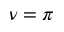
\nu = \pi